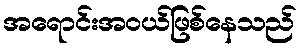
အရောင်းအဝယ်ဖြစ်နေသည်